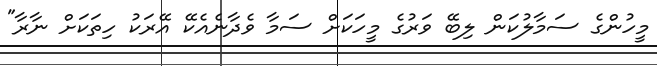
މީހުންގެ ސަމާލުކަން ލިބޭ ވަރުގެ މީހަކަށް ސަމާ ވެދާނެއެކޭ އޭރަކު ހިތަކަށް ނާރާ"